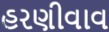
હરણીવાવ